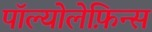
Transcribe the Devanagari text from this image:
पॉल्योलेफ़िन्स